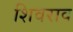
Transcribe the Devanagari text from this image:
शिवराव